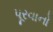
પૂરવાનો